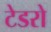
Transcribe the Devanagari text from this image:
टेडरो